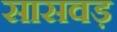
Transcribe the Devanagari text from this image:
सासवड़